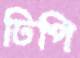
ঢিপি